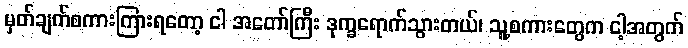
မှတ်ချက်စကားကြားရတော့ ငါ အတော်ကြီး ဒုက္ခရောက်သွားတယ်၊ သူ့စကားတွေက ငါ့အတွက်